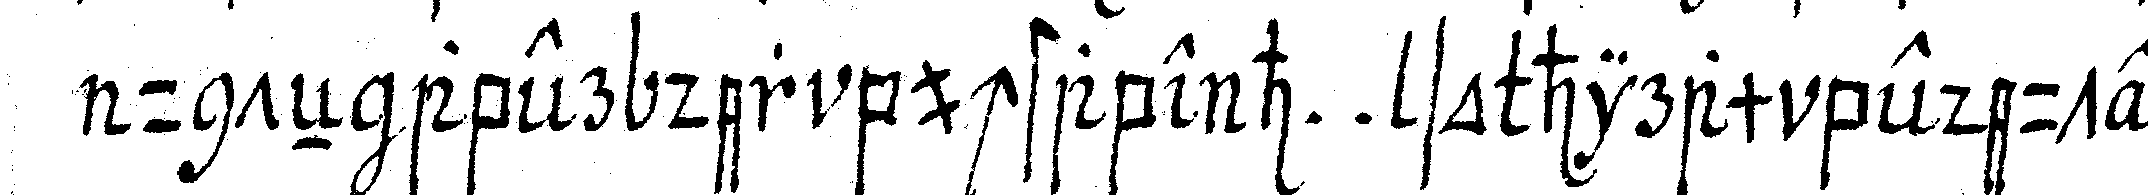
unteN aber der buchstabe h . . so hiram bedeutet